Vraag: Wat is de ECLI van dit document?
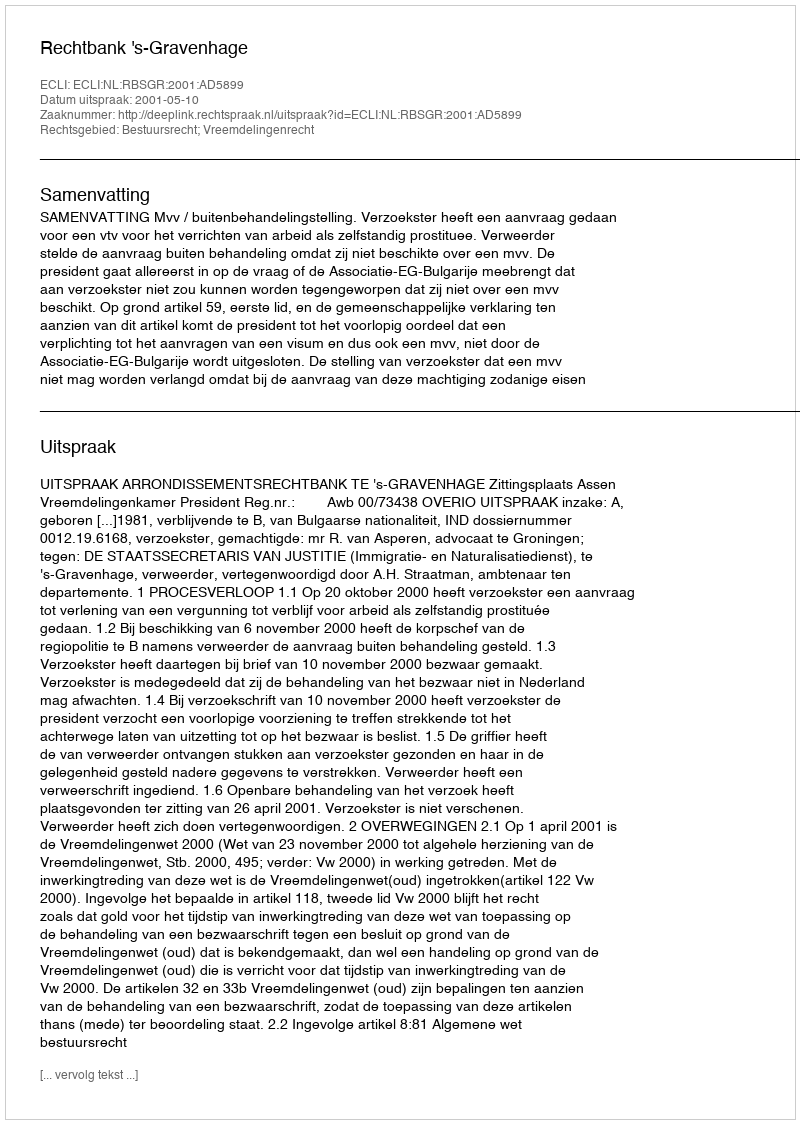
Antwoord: ECLI:NL:RBSGR:2001:AD5899